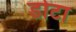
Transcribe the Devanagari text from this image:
डोटा